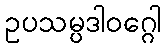
ဥပသမ္ပဒါဝဂ္ဂေါ